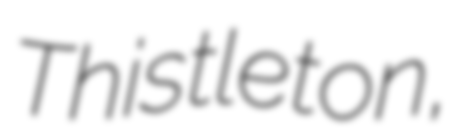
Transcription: Thistleton,